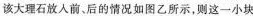
该大理石放入前、后的情况如图乙所示，则这-小块